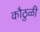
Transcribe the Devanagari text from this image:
कौठुळी